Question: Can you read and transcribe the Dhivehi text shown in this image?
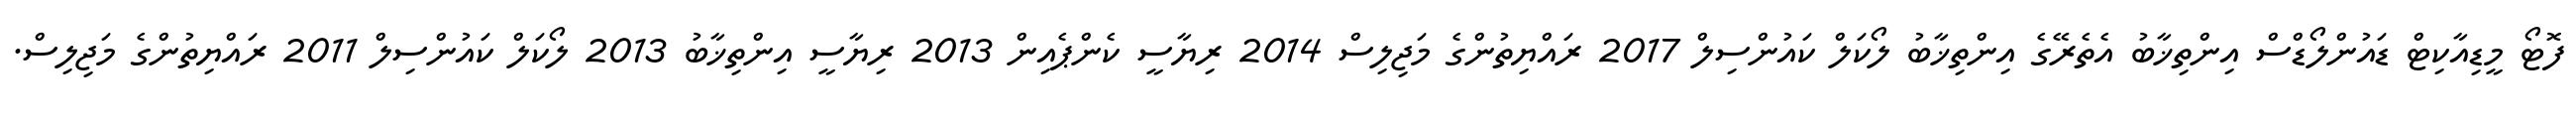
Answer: ފޮޓޯ މީޑިއާކިޓް ޑައުންލޯޑްސް އިންތިޚާބު އެތެރޭގެ އިންތިޚާބު ލޯކަލް ކައުންސިލް 2017 ރައްޔިތުންގެ މަޖިލިސް 2014 ރިޔާސީ ކެންޕެއިން 2013 ރިޔާސީ އިންތިޚާބު 2013 ލޯކަލް ކައުންސިލް 2011 ރައްޔިތުންގެ މަޖިލިސް.